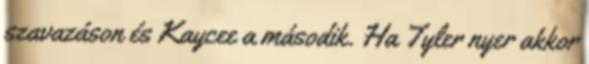
szavazáson és Kaycee a második. Ha Tyler nyer akkor